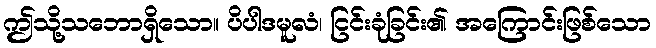
ဤသို့သဘောရှိသော။ ပိပါဒမူလံ၊ ငြင်းခုံခြင်း၏ အကြောင်းဖြစ်သော